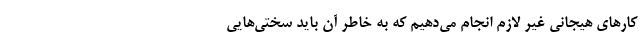
کارهای هیجانی غیر لازم انجام می‌دهیم که به خاطر آن باید سختی‌هایی